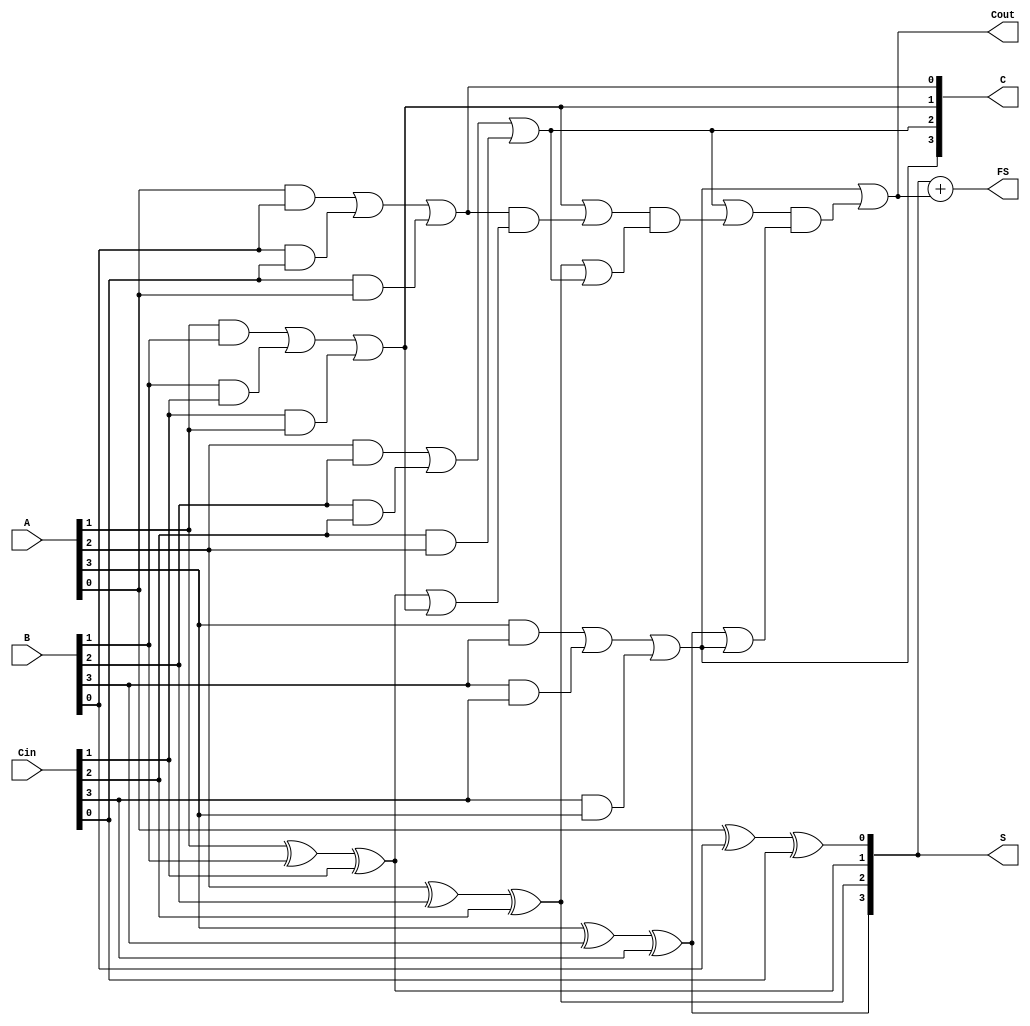
module CarrySaveAdder #(parameter WIDTH = 4) (
    input wire [WIDTH-1:0] A,
    input wire [WIDTH-1:0] B,
    input wire [WIDTH-1:0] Cin,
    output wire [WIDTH-1:0] S,
    output wire [WIDTH-1:0] C,
    output wire [WIDTH-1:0] FS,  // Final Sum
    output wire Cout             // Final Carry Out
);
    // Partial sum and carry calculation
    genvar i;
    generate
        for (i = 0; i < WIDTH; i = i + 1) begin : CSA
            assign S[i] = A[i] ^ B[i] ^ Cin[i]; // Sum generation
            assign C[i] = (A[i] & B[i]) | (B[i] & Cin[i]) | (Cin[i] & A[i]); // Carry generation
        end
    endgenerate
    
    // Carry Propagation Adder
    wire [WIDTH:0] carry; // Extra bit for carry propagation
    assign carry[0] = 0; // Initial carry-in is zero

    generate
        for (i = 0; i < WIDTH; i = i + 1) begin : CPA
            assign carry[i + 1] = C[i] | (carry[i] & (S[i] | C[i])); // Propagate carry
        end
    endgenerate
    
    // Final Sum Calculation
    assign FS = S + carry[WIDTH]; // Final Sum as S + Carry out from CPA
    assign Cout = carry[WIDTH];    // Final Carry Out

endmodule